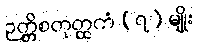
ဉတ္တိစတုတ္ထကံ (၇) မျိုး